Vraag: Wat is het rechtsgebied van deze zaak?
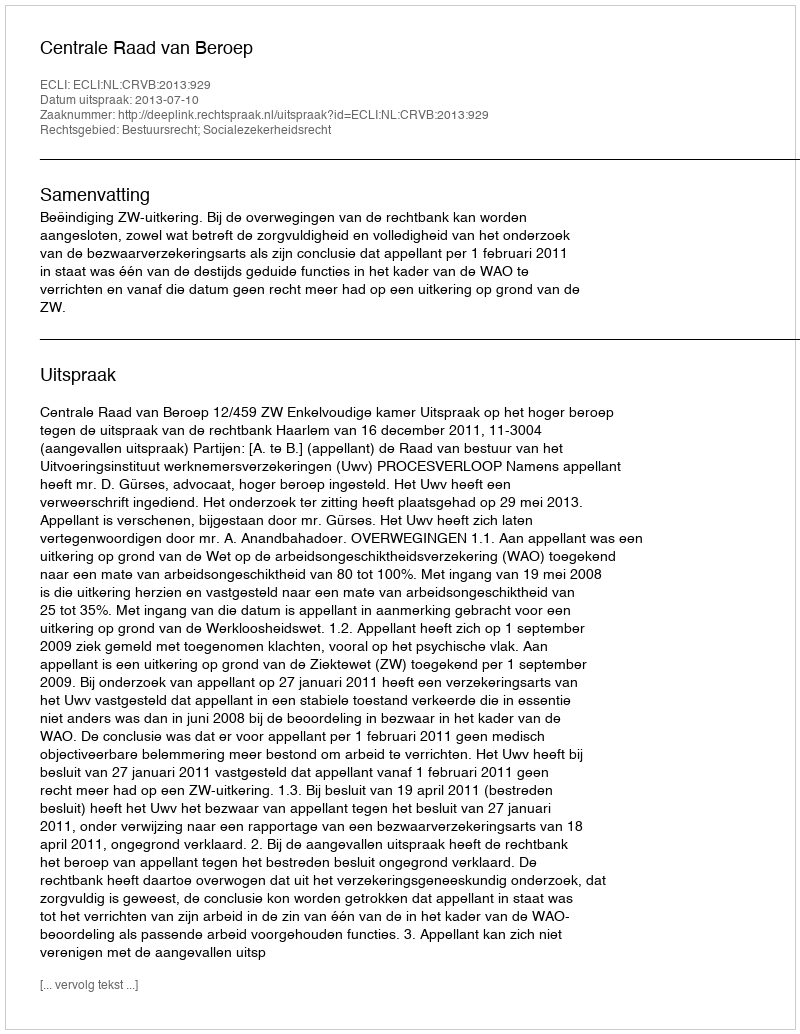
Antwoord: Bestuursrecht; Socialezekerheidsrecht